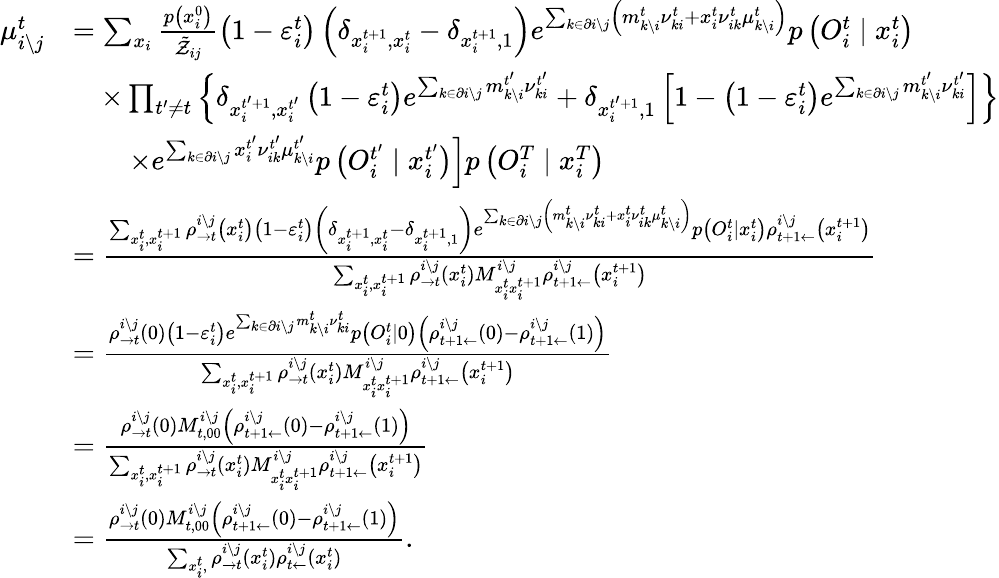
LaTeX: \begin{array}{rl}{\mu_{i\setminus j}^{t}}&{=\sum_{x_{i}}\frac{p\left(x_{i}^{0}\right)}{\tilde{\mathcal{Z}}_{ij}}\left(1-\varepsilon_{i}^{t}\right)\left(\delta_{x_{i}^{t+1},x_{i}^{t}}-\delta_{x_{i}^{t+1},1}\right)e^{\sum_{k\in\partial i\setminus j}\left(m_{k\setminus i}^{t}\nu_{ki}^{t}+x_{i}^{t}\nu_{ik}^{t}\mu_{k\setminus i}^{t}\right)}p\left(O_{i}^{t}\mid x_{i}^{t}\right)}\\ &{\quad\times\prod_{t^{\prime}\neq t}\left\{ \delta_{x_{i}^{t^{\prime}+1},x_{i}^{t^{\prime}}}\left(1-\varepsilon_{i}^{t}\right)e^{\sum_{k\in\partial i\setminus j}m_{k\setminus i}^{t^{\prime}}\nu_{ki}^{t^{\prime}}}+\delta_{x_{i}^{t^{\prime}+1},1}\left[1-\left(1-\varepsilon_{i}^{t}\right)e^{\sum_{k\in\partial i\setminus j}m_{k\setminus i}^{t^{\prime}}\nu_{ki}^{t^{\prime}}}\right]\right\} }\\ &{\qquad\left.\times e^{\sum_{k\in\partial i\setminus j}x_{i}^{t^{\prime}}\nu_{ik}^{t^{\prime}}\mu_{k\setminus i}^{t^{\prime}}}p\left(O_{i}^{t^{\prime}}\mid x_{i}^{t^{\prime}}\right)\right]p\left({O}_{i}^{T}\mid x_{i}^{T}\right)}\\ &{=\frac{\sum_{x_{i}^{t},x_{i}^{t+1}}\rho_{\rightarrow t}^{i\setminus j}\left(x_{i}^{t}\right)\left(1-\varepsilon_{i}^{t}\right)\left(\delta_{x_{i}^{t+1},x_{i}^{t}}-\delta_{x_{i}^{t+1},1}\right)e^{\sum_{k\in\partial i\setminus j}\left(m_{k\setminus i}^{t}\nu_{ki}^{t}+x_{i}^{t}\nu_{ik}^{t}\mu_{k\setminus i}^{t}\right)}p\left(O_{i}^{t}\mid x_{i}^{t}\right)\rho_{t+1\leftarrow}^{i\setminus j}\left(x_{i}^{t+1}\right)}{\sum_{x_{i}^{t},x_{i}^{t+1}}\rho_{\rightarrow t}^{i\setminus j}\left(x_{i}^{t}\right)M_{x_{i}^{t}x_{i}^{t+1}}^{i\setminus j}\rho_{t+1\leftarrow}^{i\setminus j}\left(x_{i}^{t+1}\right)}}\\ &{=\frac{\rho_{\rightarrow t}^{i\setminus j}\left(0\right)\left(1-\varepsilon_{i}^{t}\right)e^{\sum_{k\in\partial i\setminus j}m_{k\setminus i}^{t}\nu_{ki}^{t}}p\left(O_{i}^{t}\mid 0\right)\left(\rho_{t+1\leftarrow}^{i\setminus j}\left(0\right)-\rho_{t+1\leftarrow}^{i\setminus j}\left(1\right)\right)}{\sum_{x_{i}^{t},x_{i}^{t+1}}\rho_{\rightarrow t}^{i\setminus j}\left(x_{i}^{t}\right)M_{x_{i}^{t}x_{i}^{t+1}}^{i\setminus j}\rho_{t+1\leftarrow}^{i\setminus j}\left(x_{i}^{t+1}\right)}}\\ &{=\frac{\rho_{\rightarrow t}^{i\setminus j}\left(0\right)M_{t,00}^{i\setminus j}\left(\rho_{t+1\leftarrow}^{i\setminus j}\left(0\right)-\rho_{t+1\leftarrow}^{i\setminus j}\left(1\right)\right)}{\sum_{x_{i}^{t},x_{i}^{t+1}}\rho_{\rightarrow t}^{i\setminus j}\left(x_{i}^{t}\right)M_{x_{i}^{t}x_{i}^{t+1}}^{i\setminus j}\rho_{t+1\leftarrow}^{i\setminus j}\left(x_{i}^{t+1}\right)}}\\ &{=\frac{\rho_{\rightarrow t}^{i\setminus j}\left(0\right)M_{t,00}^{i\setminus j}\left(\rho_{t+1\leftarrow}^{i\setminus j}\left(0\right)-\rho_{t+1\leftarrow}^{i\setminus j}\left(1\right)\right)}{\sum_{x_{i}^{t},}\rho_{\rightarrow t}^{i\setminus j}\left(x_{i}^{t}\right)\rho_{t\leftarrow}^{i\setminus j}\left(x_{i}^{t}\right)}.}\end{array}